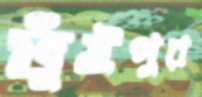
ভূঁইপুর